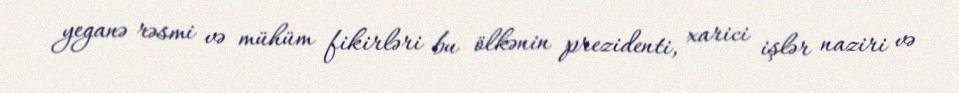
yeganə rəsmi və mühüm fikirləri bu ölkənin prezidenti, xarici işlər naziri və